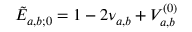
\tilde { E } _ { a , b ; 0 } = 1 - 2 \nu _ { a , b } + V _ { a , b } ^ { ( 0 ) }